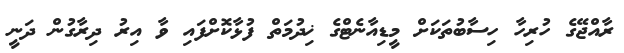
ރާއްޖޭގެ ހުރިހާ ހިސާބުތަކަށް މީޑިއާނެޓްގެ ޚިދުމަތް ފުޅާކޮށްފައި ވާ އިރު ދިރާގުން ދަނީ